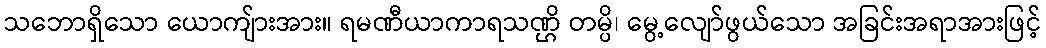
သဘောရှိသော ယောကျ်ားအား။ ရမဏီယာကာရသဏ္ဌိ တမ္ပိ၊ မွေ့လျော်ဖွယ်သော အခြင်းအရာအားဖြင့်